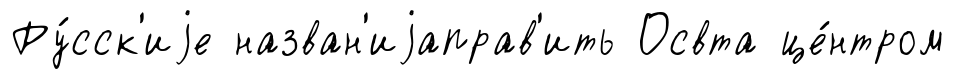
Ру́сск'иjе назван'иjаправ'ить Освта це́нтром